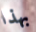
بهذا